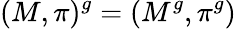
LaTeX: (M,\pi)^{g}=(M^{g},\pi^{g})